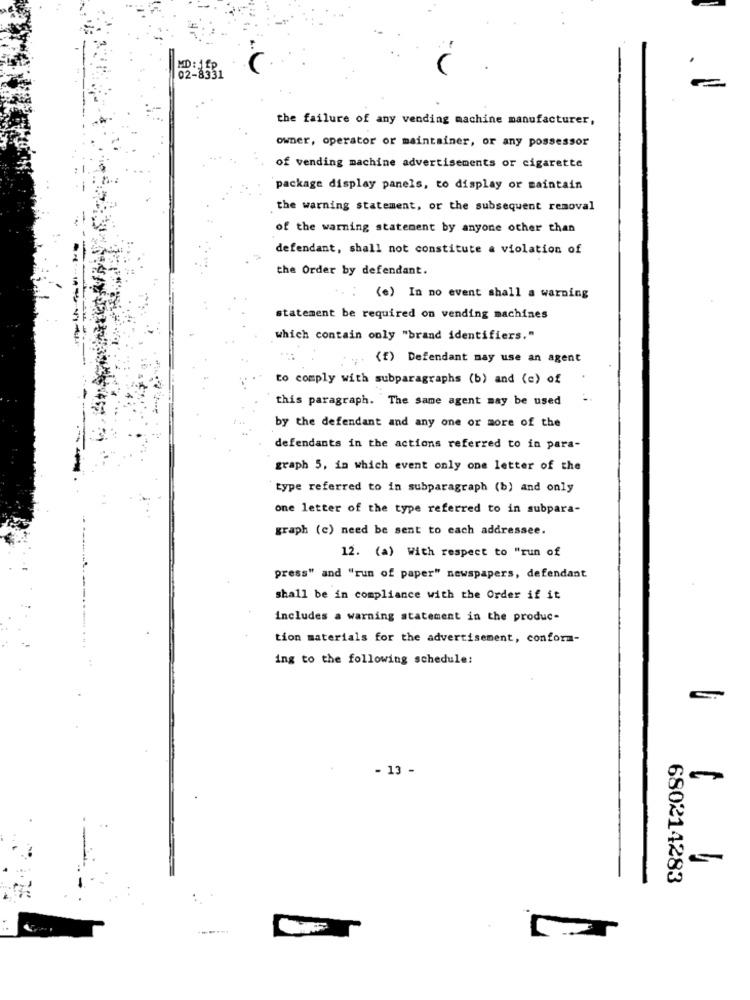
the failure of any vending machine manufacturer,
owner, operator or maintainer, or any possessor
of vending machine advertisements or cigarette
package display panels, to display or maintain
the warning statement, or the subsequent removal
of the warning statement by anyone other than
defendant, shall not constitute a violation of
the Order by defendant.
(e) In no event shall a warning
statement be required on vending machines
which contain only "brand identifiers."
(f) Defendant may use an agent
to comply with subparagraphs (b) and (c) of
this paragraph. The same agent may be used
by the defendant and any one or more of the
defendants in the actions referred to in para-
graph 5, in which event only one letter of the
type referred to in subparagraph (b) and only
one letter of the type referred to in subpara-
graph (c) need be sent to each addressee.
12. (a) With respect to "run of
press" and "run of paper" newspapers, defendant
shall be in compliance with the Order if it
includes a warning statement in the produc-
tion materials for the advertisement, conform-
ing to the following schedule:
- 13 -
-
680214283